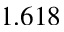
1 . 6 1 8